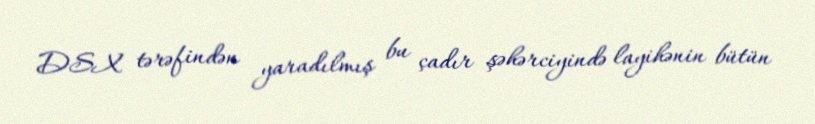
DSX tərəfindən yaradılmış bu çadır şəhərciyində layihənin bütün